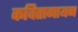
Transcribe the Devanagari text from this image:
कवितागायन